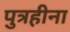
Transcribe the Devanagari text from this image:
पुत्रहीना